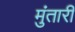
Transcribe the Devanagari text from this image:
मुंतारी